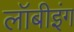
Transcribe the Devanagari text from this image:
लॉबीइंग